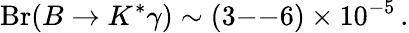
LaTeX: \mathrm{Br}(B\to K^{*}\gamma)\sim(3\mathrm{--}6)\times 10^{-5}\, .